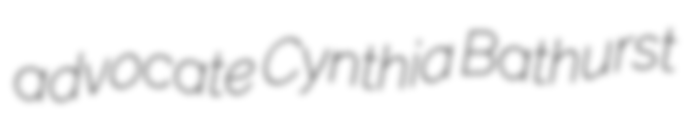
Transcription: advocate Cynthia Bathurst